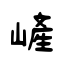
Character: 嵼